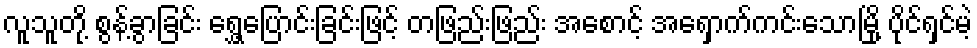
လူသူတို့ စွန့်ခွာခြင်း ရွှေ့ပြောင်းခြင်းဖြင့် တဖြည်းဖြည်း အစောင့် အရှောက်ကင်းသောမြို့ ပိုင်ရှင်မဲ့